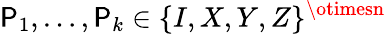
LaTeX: \mathsf{P}_{1},\dots,\mathsf{P}_{k}\in\{ I,X,Y,Z\} ^{\otimesn}